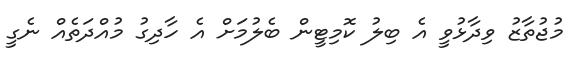
މުޖުތާޒު ވިދާޅުވީ އެ ބިލު ކޮމިޓީން ބެލުމަށް އެ ހާދިގު މުއްދަތެއް ނެގީ